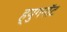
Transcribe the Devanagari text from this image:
ह्युगनॉट